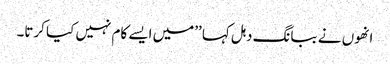
انھوں نے ببانگ دہل کہا ’’میں ایسے کام نہیں کیا کرتا۔